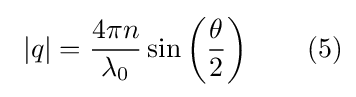
\ |q|={\frac {4\pi n}{\lambda _{0}}}\sin \left({\frac {\theta }{2}}\right)\qquad (5)